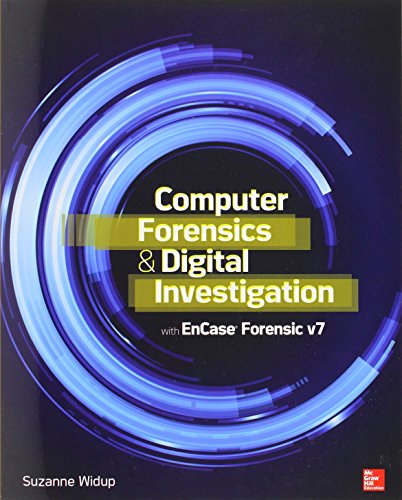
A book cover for Computer Forensics and Digital Investigation with EnCase Forensic v7; Suzanne Widup; Computers & Technology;